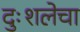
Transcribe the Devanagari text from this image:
दुःशलेचा